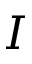
I